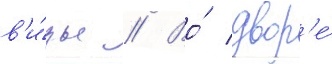
в'и́зы // Во́ двор'е́